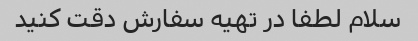
سلام لطفا در تهیه سفارش دقت کنید